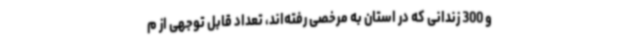
و 300 زندانی که در استان به مرخصی رفته‌اند، تعداد قابل توجهی از م